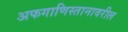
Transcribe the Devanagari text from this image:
अफगाणिस्तानावरील